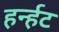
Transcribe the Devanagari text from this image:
हर्न्हट